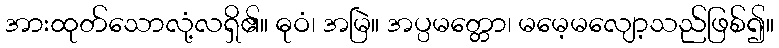
အားထုတ်သောလုံ့လရှိ၏။ ဓုဝံ၊ အမြဲ။ အပ္ပမတ္တော၊ မမေ့မလျော့သည်ဖြစ်၍။